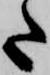
た